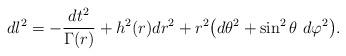
LaTeX: \begin{align*}d l^2 = - \frac{d t^2}{\Gamma (r)} + h^2 (r) dr^2 + r^2 \big( d \theta^2 + \sin^2 \theta \ d \varphi^2 \big).\end{align*}